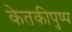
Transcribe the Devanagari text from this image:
केतकीपुष्प